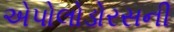
એપોલોડોરસની